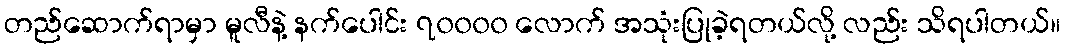
တည်ဆောက်ရာမှာ မူလီနဲ့ နက်ပေါင်း ၇၀၀၀၀ လောက် အသုံးပြုခဲ့ရတယ်လို့ လည်း သိရပါတယ်။